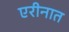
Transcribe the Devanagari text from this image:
एरीनात